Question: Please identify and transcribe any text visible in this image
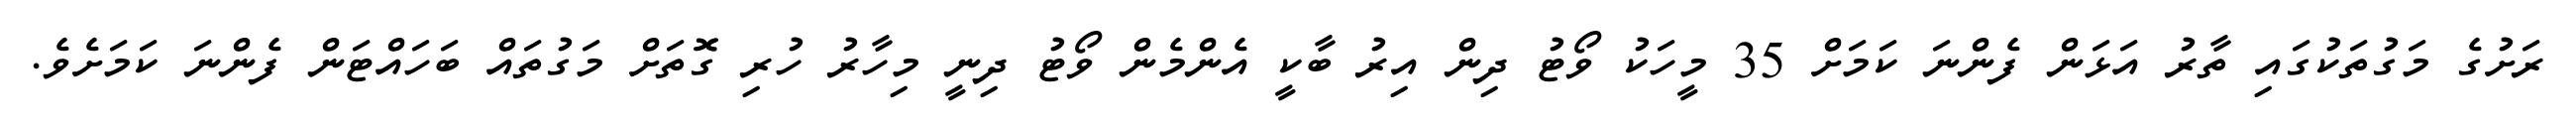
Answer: ރަށުގެ މަގުތަކުގައި ތާރު އަޅަން ފެންނަ ކަމަށް 35 މީހަކު ވޯޓު ދިން އިރު ބާކީ އެންމެން ވޯޓު ދިނީ މިހާރު ހުރި ގޮތަށް މަގުތައް ބަހައްޓަން ފެންނަ ކަމަށެވެ.